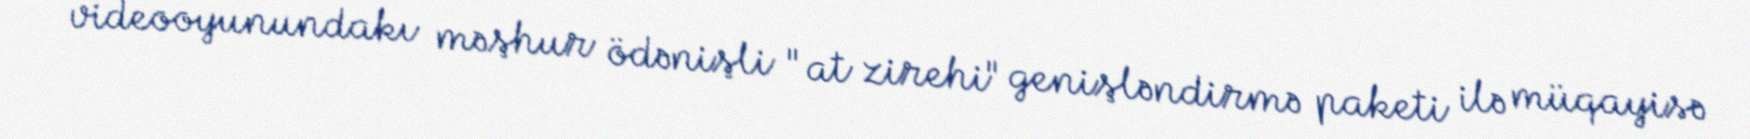
videooyunundakı məşhur ödənişli "at zirehi" genişləndirmə paketi ilə müqayisə